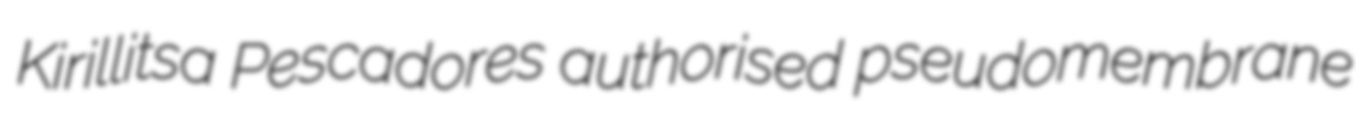
Kirillitsa Pescadores authorised pseudomembrane